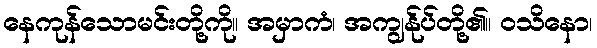
နေကုန်သောမင်းတို့ကို။ အမှာကံ၊ အကျွန်ုပ်တို့၏။ ဝသိနော၊